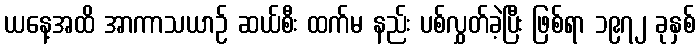
ယနေ့အထိ အာကာသယာဉ် ဆယ်စီး ထက်မ နည်း ပစ်လွှတ်ခဲ့ပြီး ဖြစ်ရာ ၁၉၇၂ ခုနှစ်